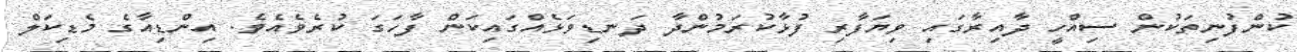
ކުންފުނިތަކުން ސިއްހީ ދާއިރާގައި ވިޔަފާރި ފުޅާކުރަމުންދާ ދަނޑިވަޅެއްގައިކަން ފާހަގަ ކުރެވެއެވެ. އިންޑިއާގެ މެޑިކަލް